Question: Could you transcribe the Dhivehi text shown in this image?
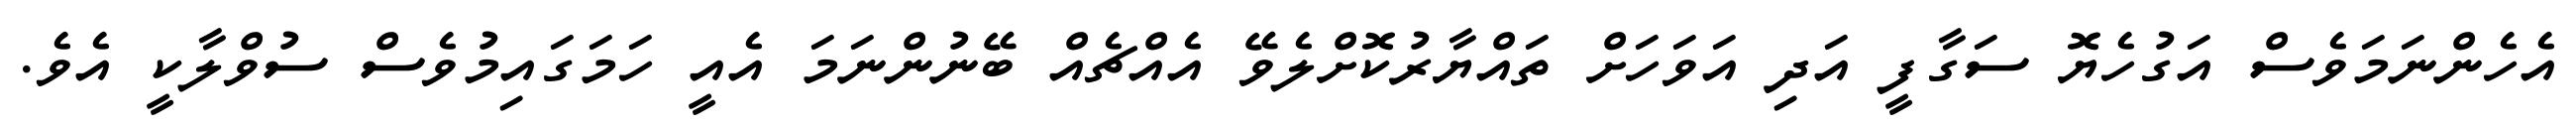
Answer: އެހެންނަމަވެސް އަގުހެޔޮ ސަގާފީ އަދި އަވަހަށް ތައްޔާރުކޮށްލެވޭ އެއްޗެއް ބޭނުންނަމަ އެއީ ހަމަގައިމުވެސް ސުވްލާކީ އެވެ.